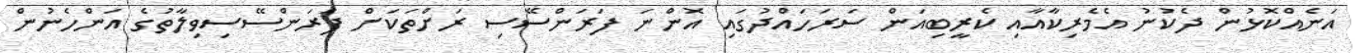
އަނެއްކޮޅުން ދެކުނު އެމެރިކާއާއި ކެރީބިއަން ސަރަހައްދުގައި އޮންނަ ފަރަންސޭސި ރަށްތަކަށް ފަރަންސޭސިވިލާތުގެ އަންހެނުން